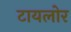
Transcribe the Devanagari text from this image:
टायलोर